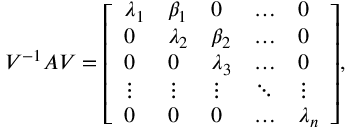
V ^ { - 1 } A V = { \left[ \begin{array} { l l l l l } { \lambda _ { 1 } } & { \beta _ { 1 } } & { 0 } & { \ldots } & { 0 } \\ { 0 } & { \lambda _ { 2 } } & { \beta _ { 2 } } & { \ldots } & { 0 } \\ { 0 } & { 0 } & { \lambda _ { 3 } } & { \ldots } & { 0 } \\ { \vdots } & { \vdots } & { \vdots } & { \ddots } & { \vdots } \\ { 0 } & { 0 } & { 0 } & { \ldots } & { \lambda _ { n } } \end{array} \right] } ,